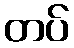
တပ်